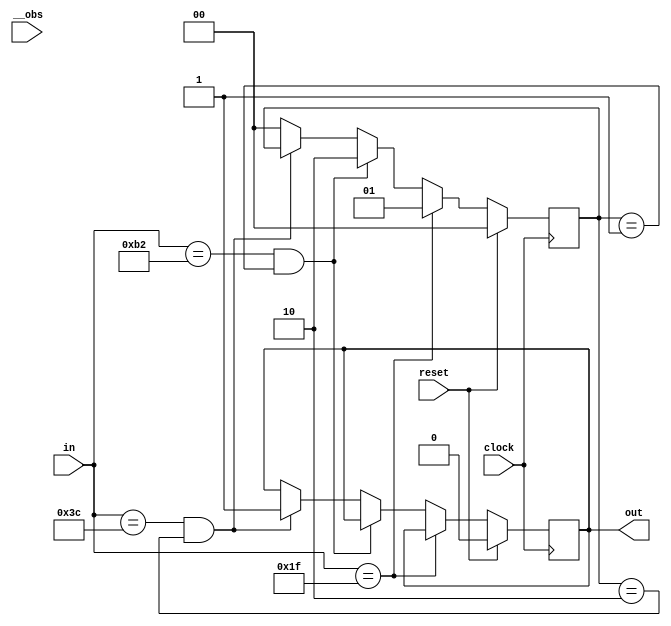
// Following code segment is generated from /home/meng/Code/concolic-testing/test/testcase/src/testcase.v:1
module top(clock, reset, in, out, __obs);
    input clock;
    input reset;
    input [7:0] in;
    output out;
    input __obs;

    reg out = 1'b0;
    reg [1:0] state = 2'b0;

    // Following code segment is generated from /home/meng/Code/concolic-testing/test/testcase/src/testcase.v:10
    always @(posedge clock) begin
        if ((reset == 1'b1)) begin
            state <= #1 2'b00; $display(";A 2");		//(assert (= state    0b00)) ;2
            out <= #1 1'b0; $display(";A 3");		//(assert (= out    0b0)) ;3
        end
        else begin
            if ((in == 8'h1F)) begin
                $display(";A 4");		//(assert (= (bv-comp in  0h1F)   0b1)) ;4
                state <= #1 2'b01; $display(";A 6");		//(assert (= state    0b01)) ;6
            end
            else begin
                $display(";A 5");		//(assert (= (bv-comp in  0h1F)   0b0)) ;5
                if (((in == 8'hB2) && (state == 2'b01))) begin
                    $display(";A 7");		//(assert (= (bv-and (bv-comp in  0hB2) (bv-comp state  0b01))   0b1)) ;7
                    state <= #1 2'b10; $display(";A 9");		//(assert (= state    0b10)) ;9
                end
                else begin
                    $display(";A 8");		//(assert (= (bv-and (bv-comp in  0hB2) (bv-comp state  0b01))   0b0)) ;8
                    if (((in == 8'h3C) && (state == 2'b10))) begin
                        $display(";A 10");		//(assert (= (bv-and (bv-comp in  0h3C) (bv-comp state  0b10))   0b1)) ;10
                        out <= #1 1'b1; $display(";A 12");		//(assert (= out    0b1)) ;12
                    end
                    else begin
                        $display(";A 11");		//(assert (= (bv-and (bv-comp in  0h3C) (bv-comp state  0b10))   0b0)) ;11
                        state <= #1 2'b00; $display(";A 13");		//(assert (= state    0b00)) ;13
                    end
                end
            end
        end
        // Displaying module variables
        begin
            $display(";R out = %b", out);
            $display(";R state = %b", state);
        end
    end

endmodule